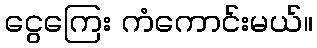
ငွေကြေး ကံကောင်းမယ်။